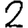
Digit: 2